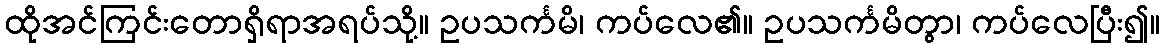
ထိုအင်ကြင်းတောရှိရာအရပ်သို့။ ဥပသင်္ကမိ၊ ကပ်လေ၏။ ဥပသင်္ကမိတွာ၊ ကပ်လေပြီး၍။